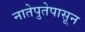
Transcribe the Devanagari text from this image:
नातेपुतेपासून